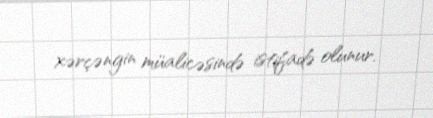
xərçəngin müalicəsində istifadə olunur.